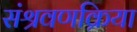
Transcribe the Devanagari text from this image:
संश्रवणक्रिया